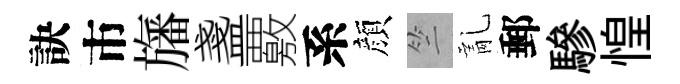
訣市旛盞覈系顔竺亂郵驂惶